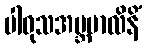
ပါဝုသအဗ္ဘမာလိနိံ